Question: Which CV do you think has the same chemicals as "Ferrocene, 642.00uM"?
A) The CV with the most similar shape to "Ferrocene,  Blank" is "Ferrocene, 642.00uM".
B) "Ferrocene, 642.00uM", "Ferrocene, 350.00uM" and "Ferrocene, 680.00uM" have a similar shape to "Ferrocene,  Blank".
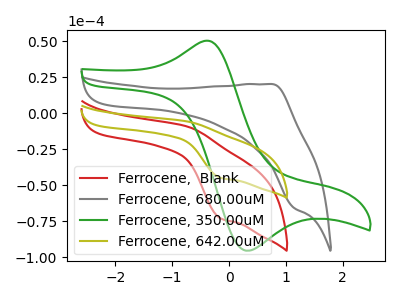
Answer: <think>The red curve "Ferrocene,  Blank" has an anodic peak at (-0.75V, -9.00uA) and a cathodic peak at (-0.15V, -73.05uA). The gray curve "Ferrocene, 680.00uM" has an anodic peak at (0.75V, 20.35uA) and a cathodic peak at (1.15V, -65.60uA). The green curve "Ferrocene, 350.00uM" has an anodic peak at (-0.45V, 50.25uA) and a cathodic peak at (0.30V, -95.35uA). The olive curve "Ferrocene, 642.00uM" has an anodic peak at (-0.75V, -5.55uA) and a cathodic peak at (-0.15V, -44.85uA).
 "Ferrocene,  Blank" and "Ferrocene, 680.00uM" have at least one peak that do not match. "Ferrocene,  Blank" and "Ferrocene, 350.00uM" have at least one peak that do not match. All the peaks in "Ferrocene,  Blank" have a peak in "Ferrocene, 642.00uM" at the same potential. "Ferrocene, 680.00uM" and "Ferrocene, 350.00uM" have at least one peak that do not match. "Ferrocene, 680.00uM" and "Ferrocene, 642.00uM" have at least one peak that do not match. "Ferrocene, 350.00uM" and "Ferrocene, 642.00uM" have at least one peak that do not match.</think>
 <answer>A) The CV with the most similar shape to "Ferrocene,  Blank" is "Ferrocene, 642.00uM".</answer>
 <eval>A</eval>